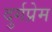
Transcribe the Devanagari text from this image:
दुर्गप्रेम